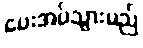
ပေးအပ်သွားမည်